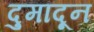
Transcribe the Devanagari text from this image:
दुमादून